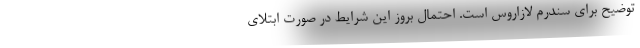
توضیح برای سندرم لازاروس است. احتمال بروز این شرایط در صورت ابتلای